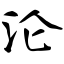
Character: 沦